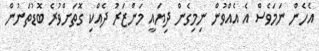
އެހެން ނަމަވެސް އެ އެއްވުން ނިމިގެން ދިޔައީ މަންޒަރު ދެއްކި ގޮތަަށްވުރެ ބޮޑުތަނުން